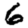
Digit: 6